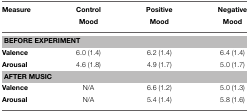
| Measure | Control Mood | Positive Mood | Negative Mood |
 | --- | --- | --- | --- |
 | <COLSPAN=4> BEFORE EXPERIMENT |
 | Valence | 6.0 (1.4) | 6.2 (1.4) | 6.4 (1.4) |
 | Arousal | 4.6 (1.8) | 4.9 (1.7) | 5.0 (1.7) |
 | <COLSPAN=4> AFTER MUSIC |
 | Valence | N/A | 6.6 (1.2) | 5.0 (1.3) |
 | Arousal | N/A | 5.4 (1.4) | 5.8 (1.6) |